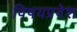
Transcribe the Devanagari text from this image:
विषयप्रवेश